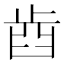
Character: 𣥫